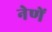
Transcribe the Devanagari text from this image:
नेणें